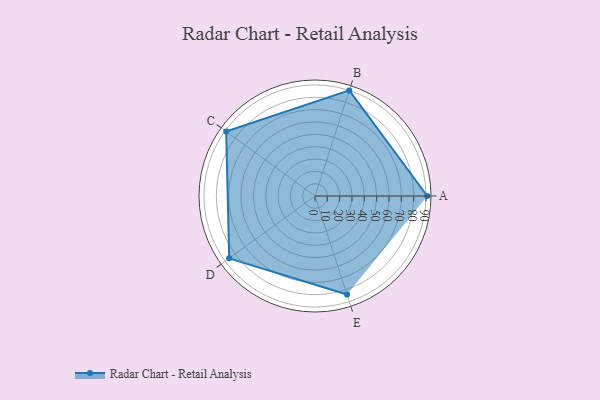
{"axis": {"x": "Skill", "y": "Score"}, "legend": ["Profile"], "data": [{"x": "A", "y": 91.0, "type": "Profile"}, {"x": "B", "y": 90.0, "type": "Profile"}, {"x": "C", "y": 89.0, "type": "Profile"}, {"x": "D", "y": 86.0, "type": "Profile"}, {"x": "E", "y": 84.0, "type": "Profile"}]}